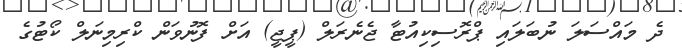
ދެ މައްސަލަ ނުބަލައި ޕްރޮސިކިއުޓާ ޖެނެރަލް (ޕީޖީ) އަށް ފޮނުވަން ކްރިމިނަލް ކޯޓުގެ